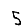
Digit: 5